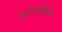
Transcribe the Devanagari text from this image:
चौरसकिमी